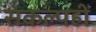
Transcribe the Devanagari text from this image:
संकल्पही